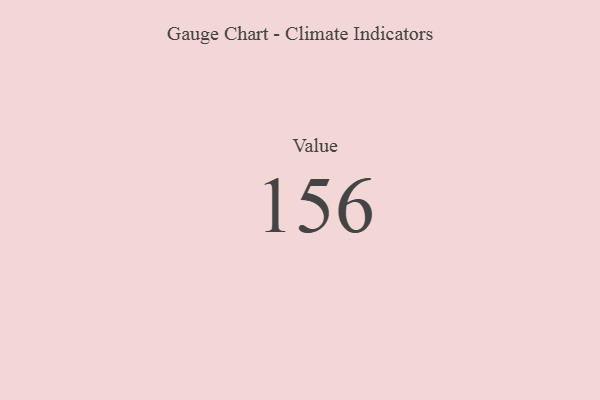
{"axis": {"x": "Metric", "y": "Value"}, "legend": [""], "data": [{"x": "Value", "y": 156, "type": ""}]}